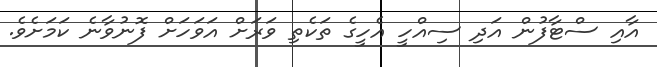
އާއި ސްޓާފުން އަދި ސިއްހީ އެހީގެ ތަކެތި ވަރަށް އަވަހަށް ފޮނުވާނެ ކަމަށެވެ.